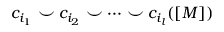
c _ { i _ { 1 } } \smile c _ { i _ { 2 } } \smile \dots \smile c _ { i _ { l } } ( [ M ] )